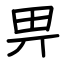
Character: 畀